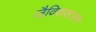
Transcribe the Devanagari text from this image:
जैविकशास्त्र